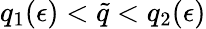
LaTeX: q_{1}(\epsilon)<\tilde{q}<q_{2}(\epsilon)